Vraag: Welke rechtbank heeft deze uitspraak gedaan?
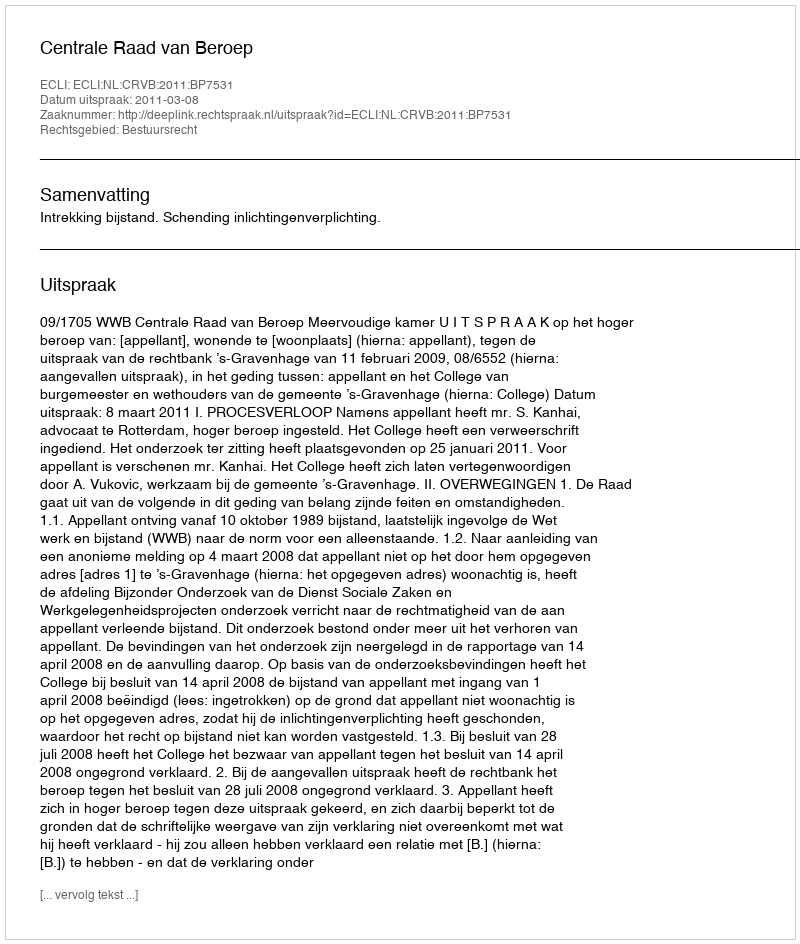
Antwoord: Centrale Raad van Beroep